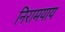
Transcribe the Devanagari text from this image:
निरामयाय